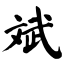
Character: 斌